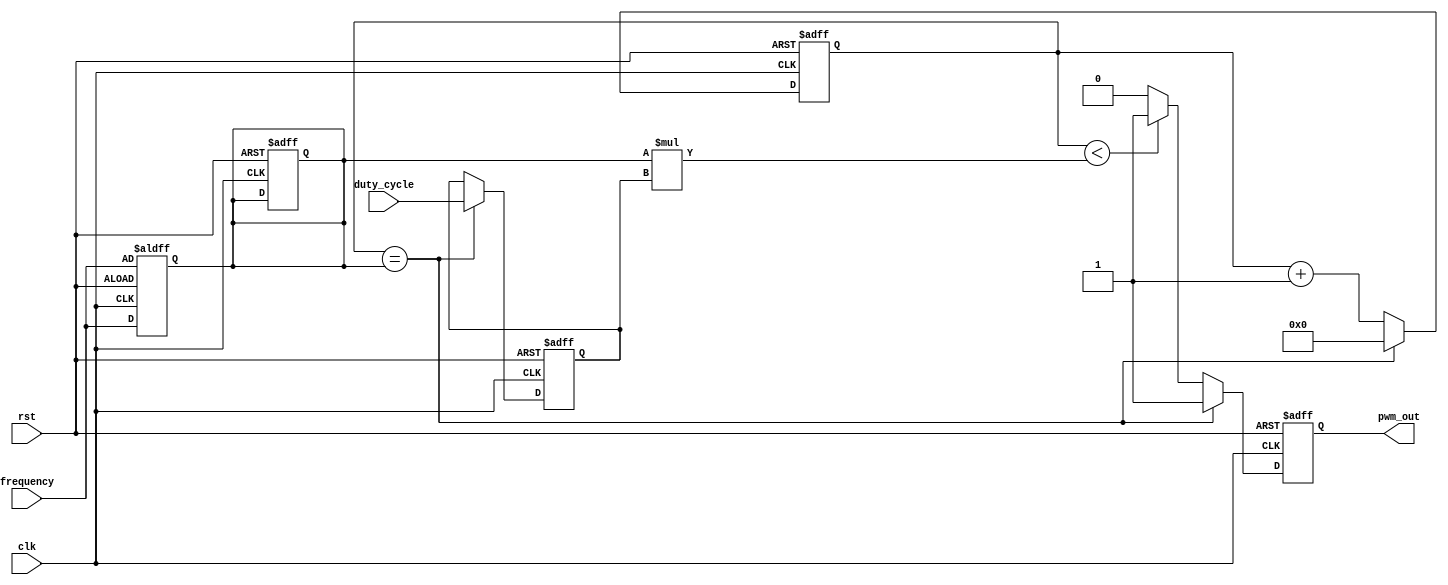
module pwm_timer (
    input wire clk,
    input wire rst,
    input wire [7:0] duty_cycle,
    input wire [15:0] frequency,
    output reg pwm_out
);

reg [15:0] counter;
reg [7:0] duty_reg;
reg [15:0] freq_reg;

always @(posedge clk or posedge rst) begin
    if (rst) begin
        counter <= 16'd0;
        duty_reg <= 8'd0;
        freq_reg <= 16'd0;
        pwm_out <= 1'b0;
    end else begin
        if (counter == freq_reg) begin
            counter <= 16'd0;
            duty_reg <= duty_cycle;
            pwm_out <= 1'b1;
        end else begin
            if (counter < (freq_reg * duty_reg)) begin
                pwm_out <= 1'b1;
            end else begin
                pwm_out <= 1'b0;
            end
            counter <= counter + 16'd1;
        end
    end
end

always @(posedge clk or posedge rst) begin
    if (rst) begin
        freq_reg <= frequency;
    end else begin
        freq_reg <= frequency;
    end
end

endmodule